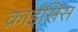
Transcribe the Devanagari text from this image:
क्राईसिस